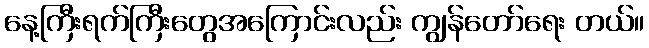
နေ့ကြီးရက်ကြီးတွေအကြောင်းလည်း ကျွန်တော်ရေး တယ်။